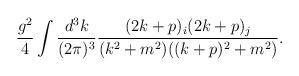
LaTeX: \begin{align*}\frac{g^2}{4}\int \frac{d^3k}{(2\pi)^3}\frac{(2k+p)_i(2k+p)_j}{(k^2+m^2)((k+p)^2+m^2)}.\end{align*}